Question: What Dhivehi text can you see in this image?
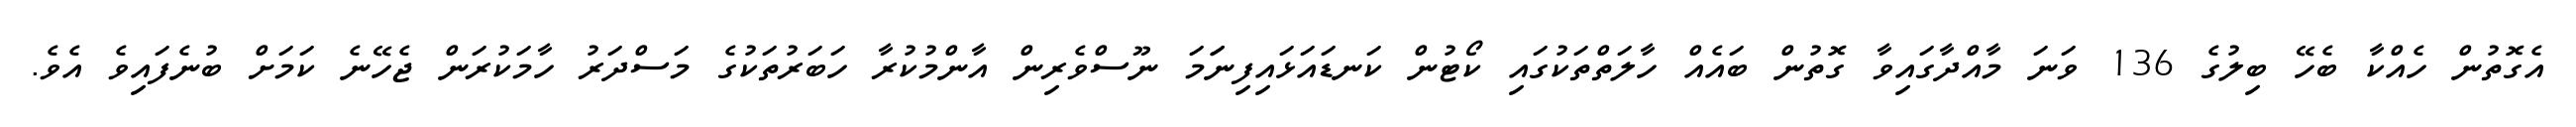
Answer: އެގޮތުން ހެއްކާ ބެހޭ ބިލުގެ 136 ވަނަ މާއްދާގައިވާ ގޮތުން ބައެއް ހާލަތްތަކުގައި ކޯޓުން ކަނޑައަޅައިފިނަަމަ ނޫސްވެރިން އާންމުކުރާ ހަބަރުތަކުގެ މަސްދަރު ހާމަކުރަން ޖެހޭނެ ކަމަށް ބުނެފައިވެ އެވެ.